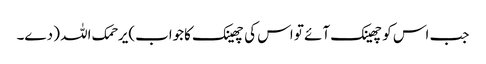
جب اس کوچھینک آئے تو اس کی چھینک کاجواب)یرحمک اللہ ( دے۔